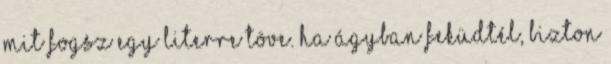
mit fogsz egy literre töve. Ha ágyban feküdtél, bizton